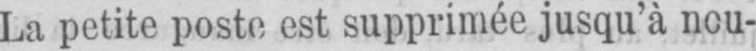
La petite poste est supprimée jusqu’à nou-